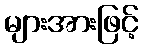
များအားဖြင့်